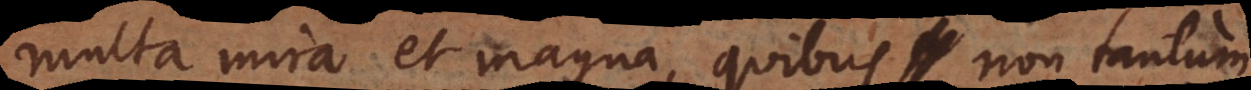
multa mira et magna, quibus non tantum